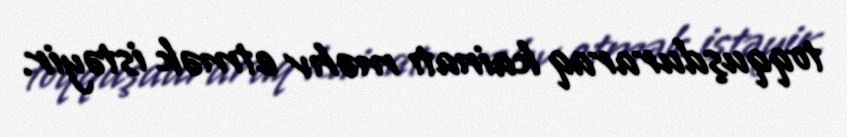
toqquşduraraq kainatı məhv etmək istəyir.